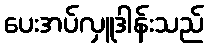
ပေးအပ်လှူဒါန်းသည်